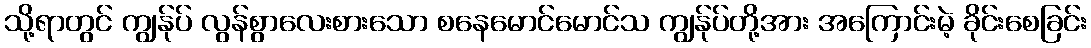
သို့ရာတွင် ကျွန်ုပ် လွန်စွာလေးစားသော စနေမောင်မောင်သ ကျွန်ုပ်တို့အား အကြောင်းမဲ့ ခိုင်းစေခြင်း